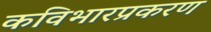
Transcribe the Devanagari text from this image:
कविभारप्रकरण